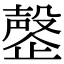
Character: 𬆍